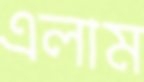
এলাম